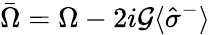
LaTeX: \bar{\Omega}=\Omega-2i{\cal G}\langle\hat{\sigma}^{-}\rangle